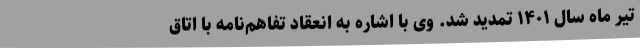
تیر ماه سال ۱۴۰۱ تمدید شد. وی با اشاره به انعقاد تفاهم‌نامه با اتاق